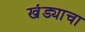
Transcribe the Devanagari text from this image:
खंड्याचा